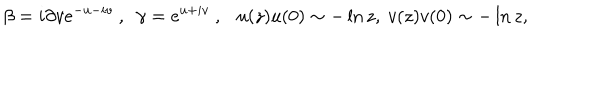
\beta = i \partial v e ^ { - u - i v } ~ , ~ ~ \gamma = e ^ { u + i v } ~ , u ( z ) u ( 0 ) \sim - \ln z , ~ v ( z ) v ( 0 ) \sim - \ln z ,